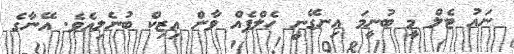
ނައު ޓެލް މީ ބުނީމަ އިނގޭނީ ހެލްޕެއް ވާން އިޒިކް ބުނެލިއެވެ. އޭނާގެ